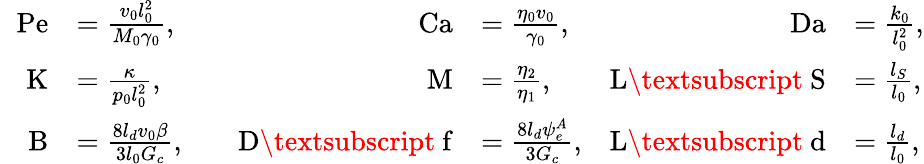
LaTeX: \begin{array}{rlrlrl}{\mathrm{Pe}}&{=\frac{v_{0}l_{0}^{2}}{M_{0}\gamma_{0}},}&{\quad\mathrm{Ca}}&{=\frac{\eta_{0}v_{0}}{\gamma_{0}},}&{\quad\mathrm{Da}}&{=\frac{k_{0}}{l_{0}^{2}},}\\ {\mathrm{K}}&{=\frac{\kappa}{p_{0}l_{0}^{2}},}&{\mathrm{M}}&{=\frac{\eta_{2}}{\eta_{1}},}&{\mathrm{L\textsubscript~S}}&{=\frac{l_{S}}{l_{0}},}\\ {\quad\mathrm{B}}&{=\frac{8l_{d}v_{0}\beta}{3l_{0}G_{c}},}&{\quad\mathrm{D\textsubscript~f}}&{=\frac{8l_{d}\psi_{e}^{A}}{3G_{c}},}&{\mathrm{L\textsubscript~d}}&{=\frac{l_{d}}{l_{0}},}\end{array}